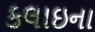
કલાઇના